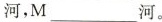
河，M_______ 河。